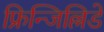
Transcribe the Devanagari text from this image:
फ्रिन्जिल्लिडे